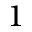
1